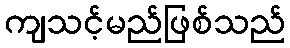
ကျသင့်မည်ဖြစ်သည်